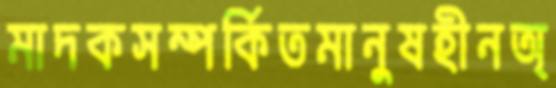
মাদকসম্পর্কিতমানুষহীনঅ্